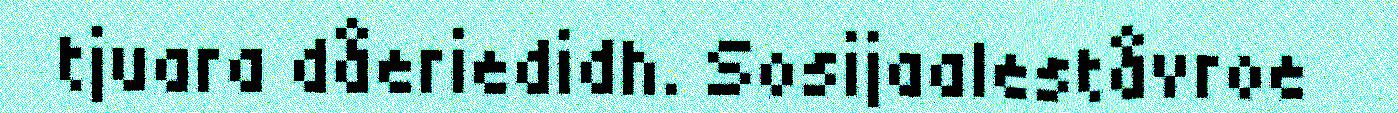
tjuara dåeriedidh. Sosijaaleståvroe